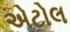
એટોલ